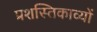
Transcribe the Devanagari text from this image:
प्रशस्तिकाव्यों